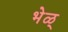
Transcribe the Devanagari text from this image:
भेळ्